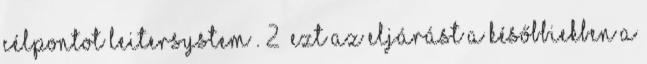
célpontot Leitersystem . 2 Ezt az eljárást a későbbiekben a